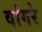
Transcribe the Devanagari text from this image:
वांगरे